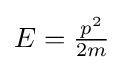
{\textstyle E={\frac {p^{2}}{2m}}}